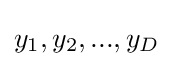
{y}_{1},{y}_{2},...,{y}_{D}